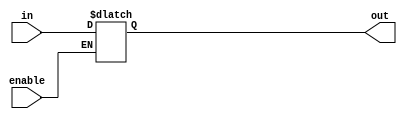
module Buffer_with_Enable (
    input in,
    input enable,
    output reg out
);

always @ (in, enable)
begin
    if (enable)
        out = in;
    else
        out = out;
end

endmodule